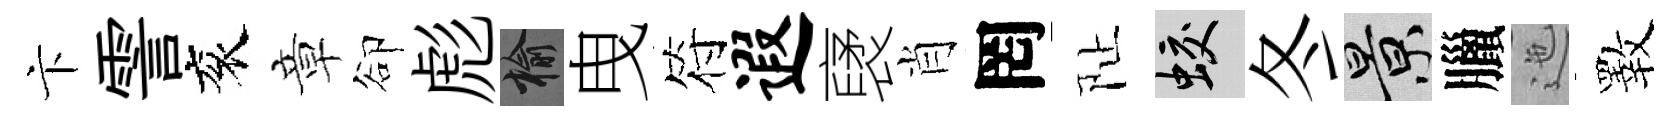
卞霅衮章卻彪榆曳符遐裦肖罔阯蛟冬景臘迤斁